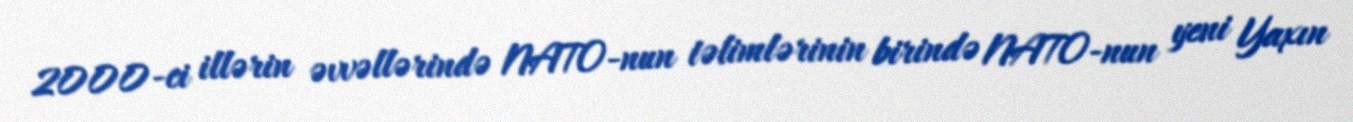
2000-ci illərin əvvəllərində NATO-nun təlimlərinin birində NATO-nun yeni Yaxın